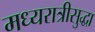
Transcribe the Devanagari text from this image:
मध्यरात्रीसुद्धा